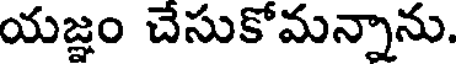
యజ్ఞం చేసుకోమన్నాను.